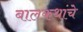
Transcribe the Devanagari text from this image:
बालकथांचे